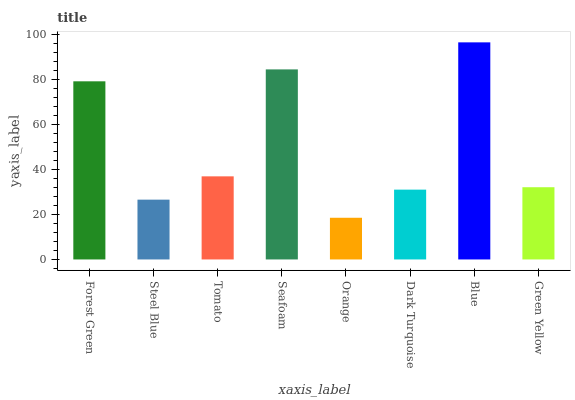
| xaxis_label | bars |
 | --- | --- |
 | Forest Green | 79.3 |
 | Steel Blue | 26.6 |
 | Tomato | 37 |
 | Seafoam | 84.7 |
 | Orange | 18.6 |
 | Dark Turquoise | 31.1 |
 | Blue | 96.7 |
 | Green Yellow | 32.2 |